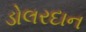
ડોલરદાન